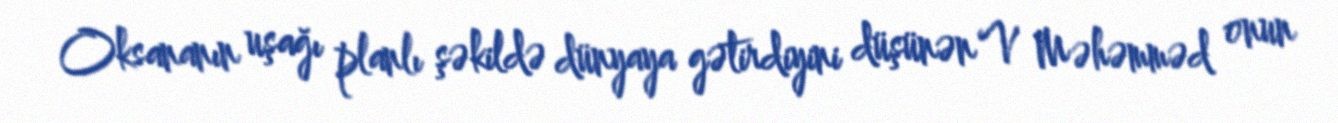
Oksananın uşağı planlı şəkildə dünyaya gətirdiyini düşünən V Məhəmməd onun